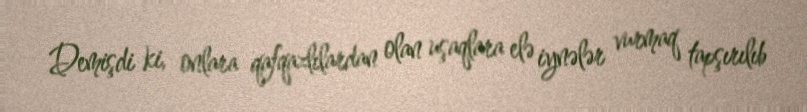
Demişdi ki, onlara qafqazlılardan olan uşaqlara elə iynələr vurmaq tapşırılıb